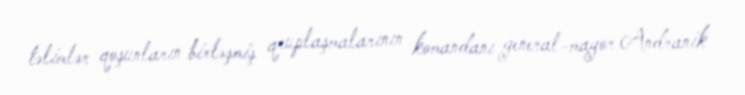
təlimlər qoşunların birləşmiş qruplaşmalarının komandanı general-mayor Andranik